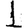
Digit: 1